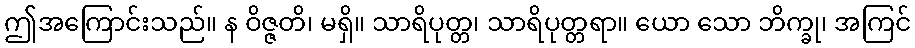
ဤအကြောင်းသည်။ န ဝိဇ္ဇတိ၊ မရှိ။ သာရိပုတ္တ၊ သာရိပုတ္တရာ။ ယော သော ဘိက္ခု၊ အကြင်